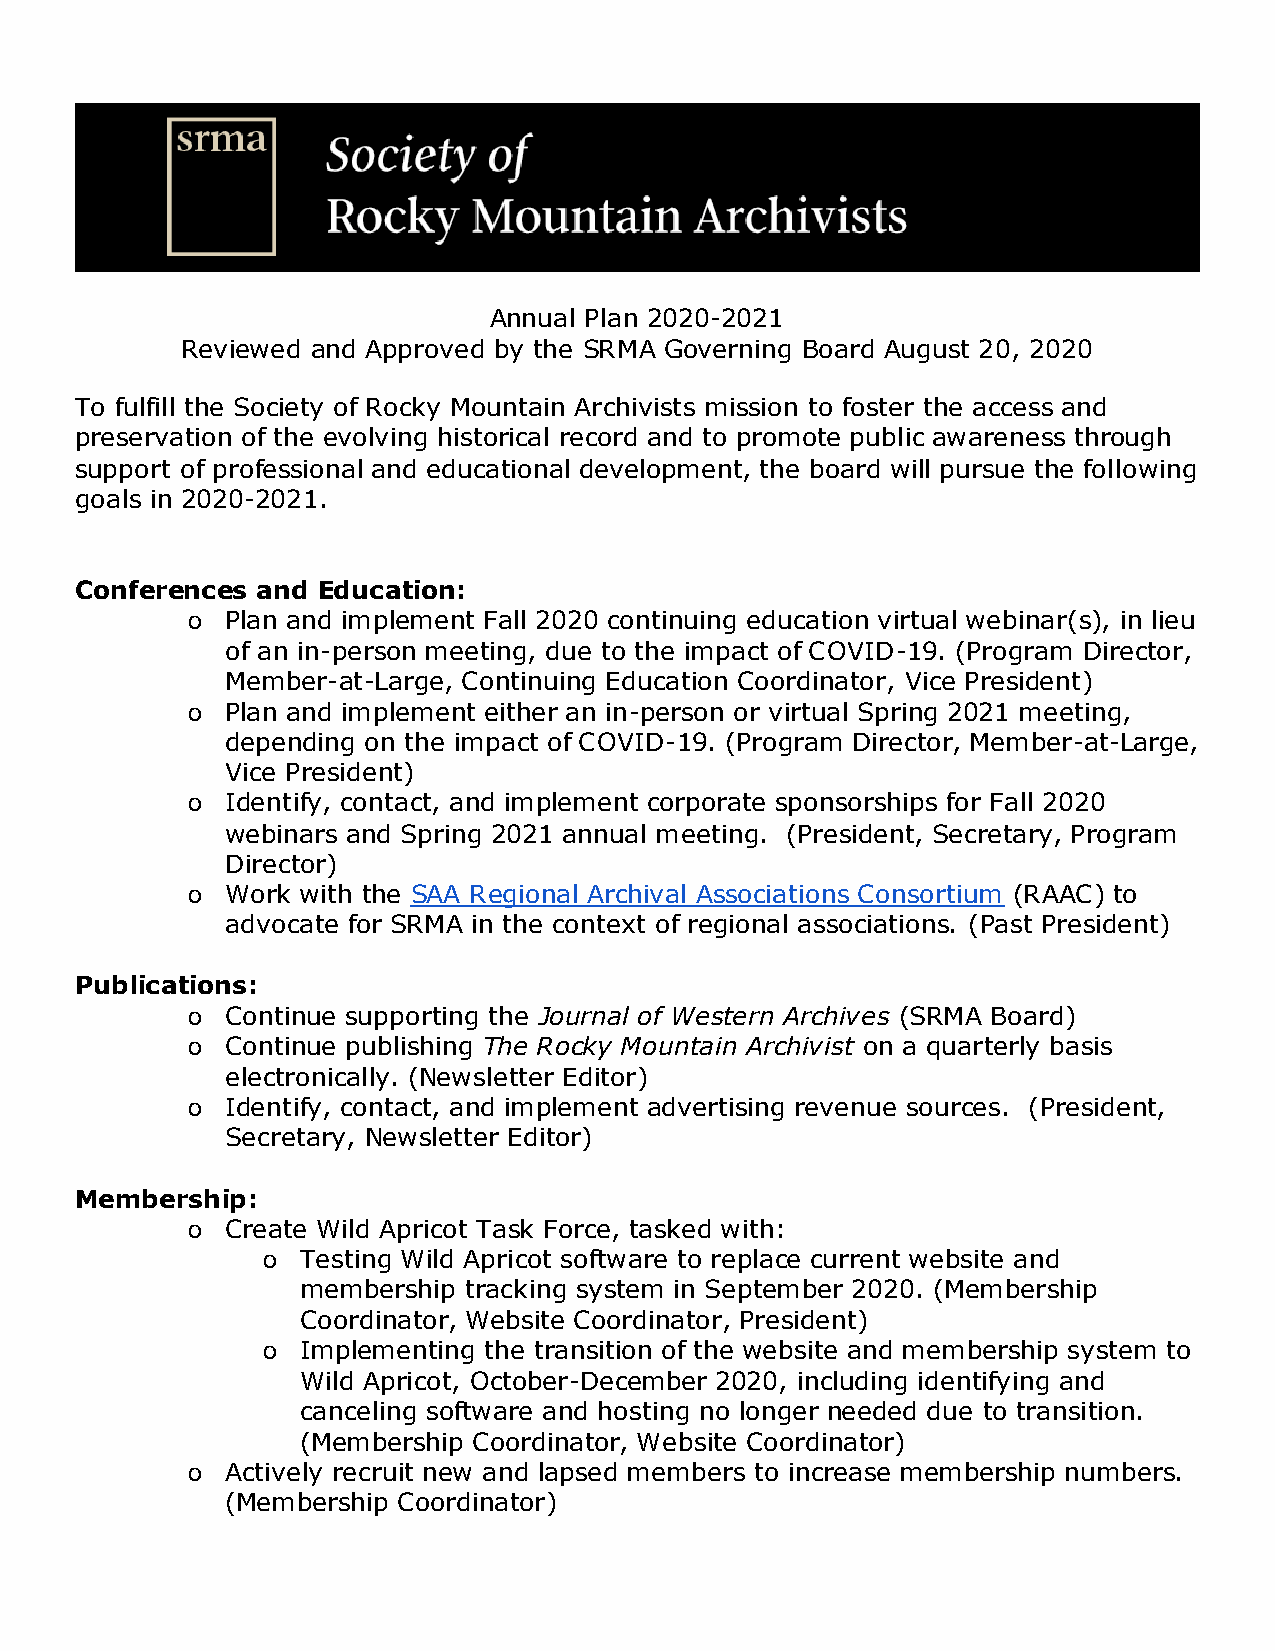
Annual Plan 2020-2021
 Reviewed and Approved by the SRMA Governing Board August 20, 2020
 To fulfill the Society of Rocky Mountain Archivists mission to foster the access and
 preservation of the evolving historical record and to promote public awareness through
 support of professional and educational development, the board will pursue the following
 goals in 2020-2021.
 Conferences and Education:
 o  Plan and implement Fall 2020 continuing education virtual webinar(s), in lieu
 of an in-person meeting, due to the impact of COVID-19. (Program Director,
 Member-at-Large, Continuing Education Coordinator, Vice President)
 o  Plan and implement either an in-person or virtual Spring 2021 meeting,
 depending on the impact of COVID-19. (Program Director, Member-at-Large,
 Vice President)
 o  Identify, contact, and implement corporate sponsorships for Fall 2020
 webinars and Spring 2021 annual meeting. (President, Secretary, Program
 Director)
 o  Work with the SAA Regional Archival Associations Consortium (RAAC) to
 advocate for SRMA in the context of regional associations. (Past President)
 Publications:
 o  Continue supporting the Journal of Western Archives (SRMA Board)
 o  Continue publishing The Rocky Mountain Archivist on a quarterly basis
 electronically. (Newsletter Editor)
 o  Identify, contact, and implement advertising revenue sources. (President,
 Secretary, Newsletter Editor)
 Membership:
 o  Create Wild Apricot Task Force, tasked with:
 o  Testing Wild Apricot software to replace current website and
 membership tracking system in September 2020. (Membership
 Coordinator, Website Coordinator, President)
 o  Implementing the transition of the website and membership system to
 Wild Apricot, October-December 2020, including identifying and
 canceling software and hosting no longer needed due to transition.
 (Membership Coordinator, Website Coordinator)
 o  Actively recruit new and lapsed members to increase membership numbers.
 (Membership Coordinator)